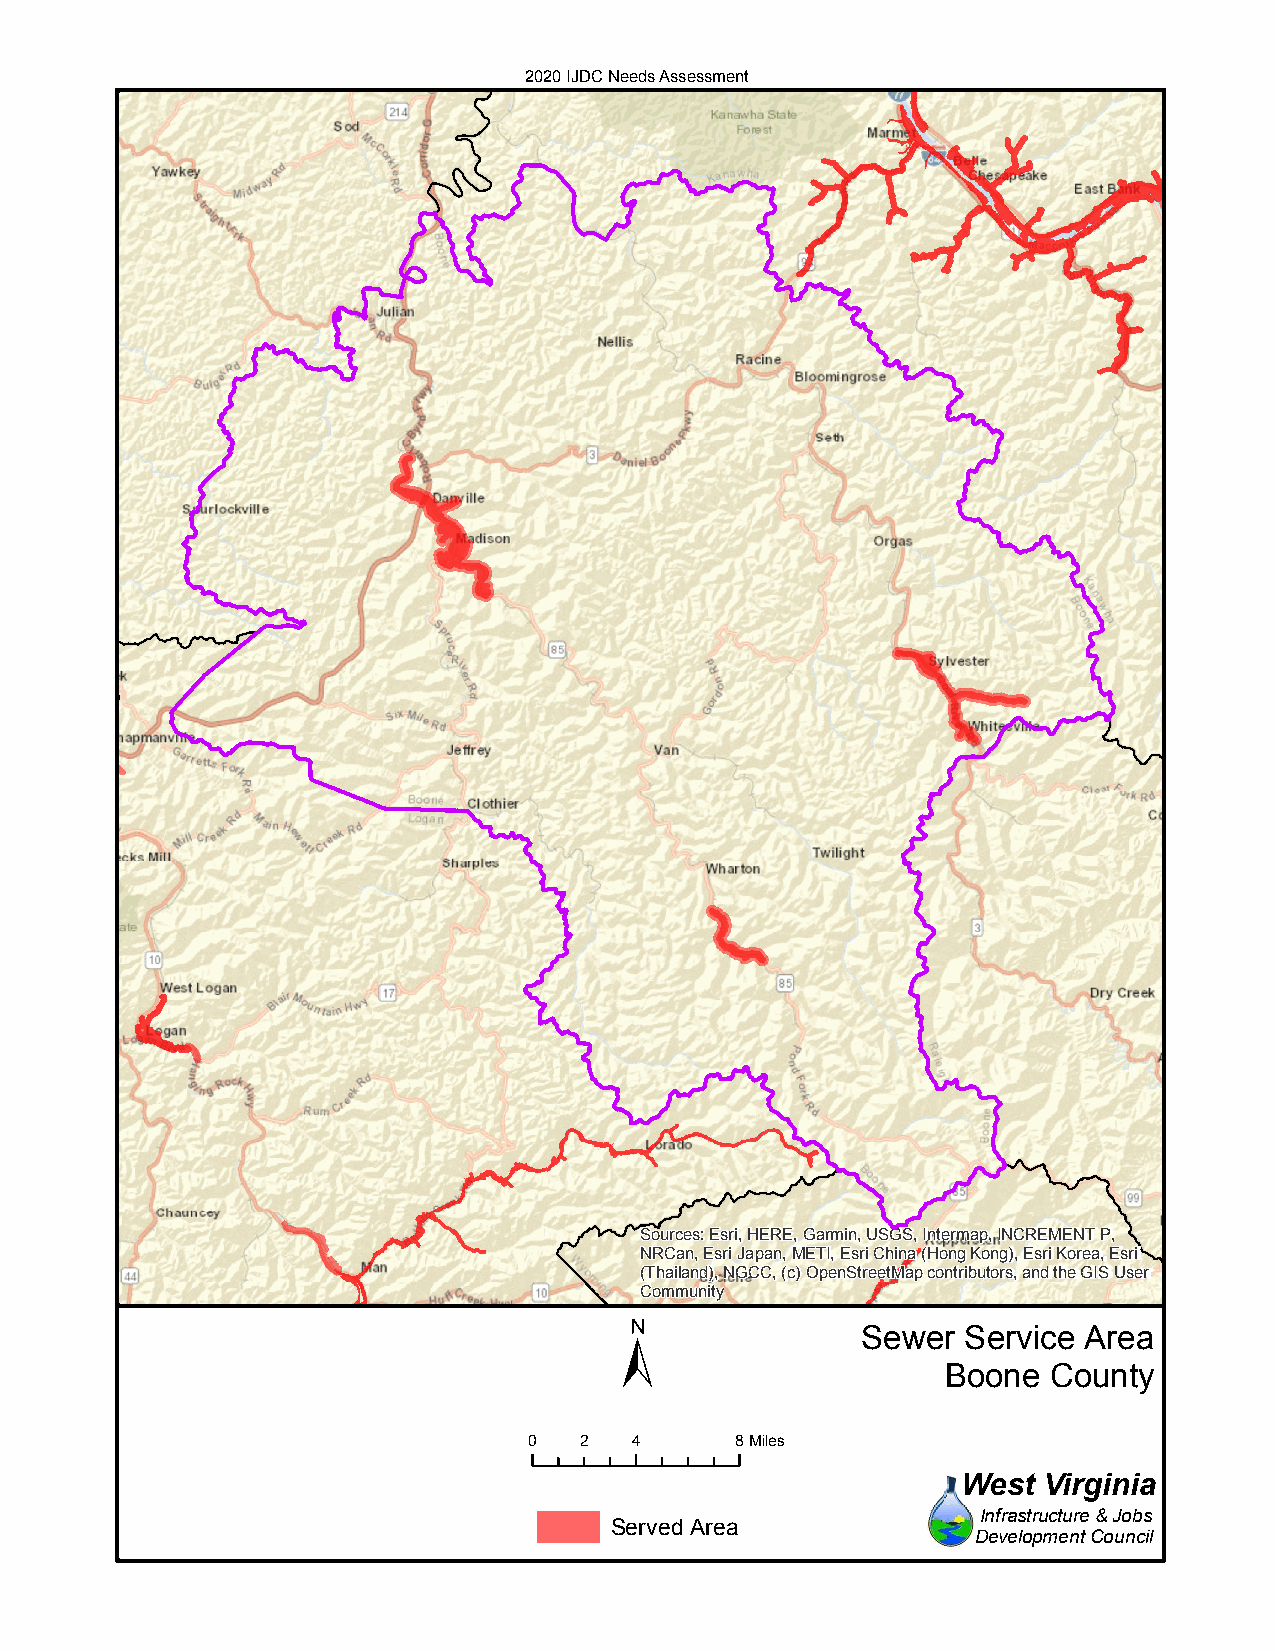
2020 IJDC Needs Assessment
 Sources: Esri, HERE, Garmin, USGS, Intermap, INCREMENT P,
 NRCan, Esri Japan, METI, Esri China (Hong Kong), Esri Korea, Esri
 (Thailand), NGCC, (c) OpenStreetMap contributors, and the GIS User
 Community
 ±
 Sewer  Service Area
 Boone County
 0  2   4      8Miles
 West Virginia
 Infrastructure & Jobs
 Served Area
 Development Council